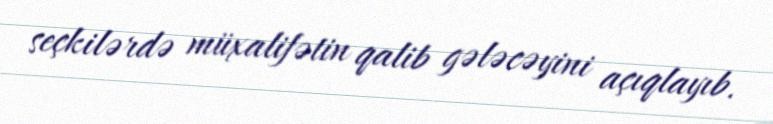
seçkilərdə müxalifətin qalib gələcəyini açıqlayıb.